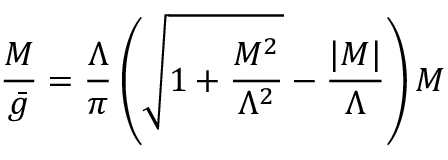
{ \frac { M } { { \bar { g } } } } = { \frac { \Lambda } { \pi } } \left( { \sqrt { 1 + { \frac { M ^ { 2 } } { \Lambda ^ { 2 } } } } } - { \frac { \vert M \vert } { \Lambda } } \right) M